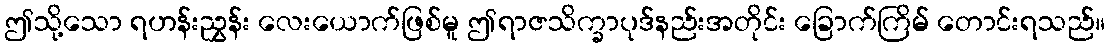
ဤသို့သော ရဟန်းညွှန်း လေးယောက်ဖြစ်မူ ဤရာဇသိက္ခာပုဒ်နည်းအတိုင်း ခြောက်ကြိမ် တောင်းရသည်။